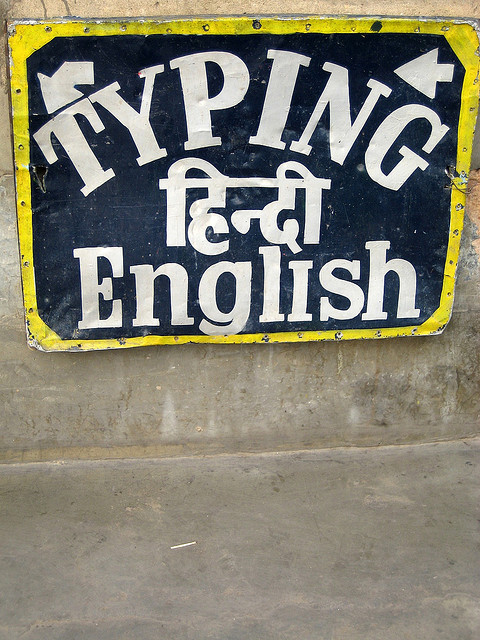
Language: hindi
Transcription: हिन्दी